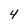
Character: 4